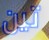
تين